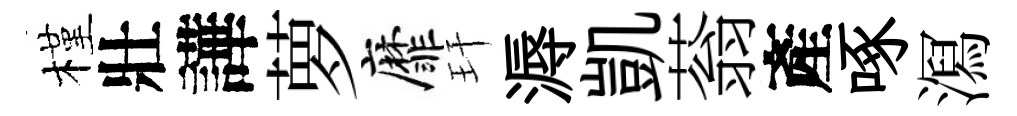
槿壯譁萝靡玕溽凱蓊產啄㵼